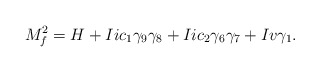
\begin{align*}M^{2}_{f}=H+Iic_1 \gamma_9 \gamma_8 +Iic_2 \gamma_6 \gamma_7 +Iv \gamma_1.\end{align*}